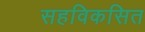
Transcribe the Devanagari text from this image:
सहविकसित